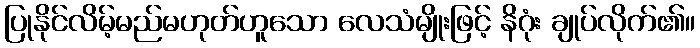
ပြုနိုင်လိမ့်မည်မဟုတ်ဟူသော လေသံမျိုးဖြင့် နိဂုံး ချုပ်လိုက်၏။